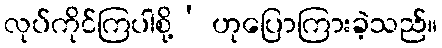
လုပ်ကိုင်ကြပါစို့’ ဟုပြောကြားခဲ့သည်။